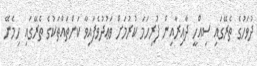
ދުވަހުގެ ތެރޭގައި ސިއްހީ ދާއިރާއިން ފުރިހަމަ ކުރުމަށް ވަޢުދުވެފައިވާ ކަންތައްތަކުގެ ތެރޭގައި ހިމެނޭ